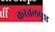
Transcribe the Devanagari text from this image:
करतलपृष्ठ